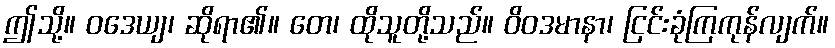
ဤသို့။ ဝဒေယျ၊ ဆိုရာ၏။ တေ၊ ထိုသူတို့သည်။ ဝိဝဒမာနာ၊ ငြင်းခုံကြကုန်လျက်။